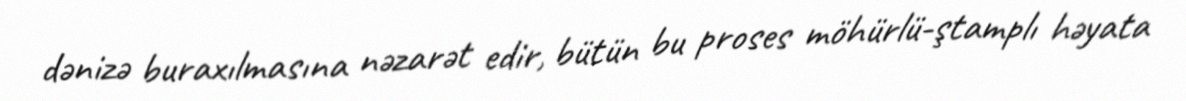
dənizə buraxılmasına nəzarət edir, bütün bu proses möhürlü-ştamplı həyata